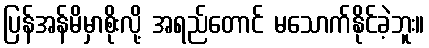
ပြန်အန်မိမှာစိုးလို့ အရည်တောင် မသောက်နိုင်ခဲ့ဘူး။